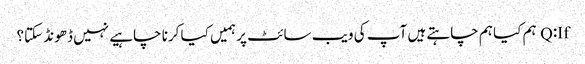
Q:If ہم کیا ہم چاہتے ہیں آپ کی ویب سائٹ پر ہمیں کیا کرنا چاہیے نہیں ڈھونڈ سکتا؟